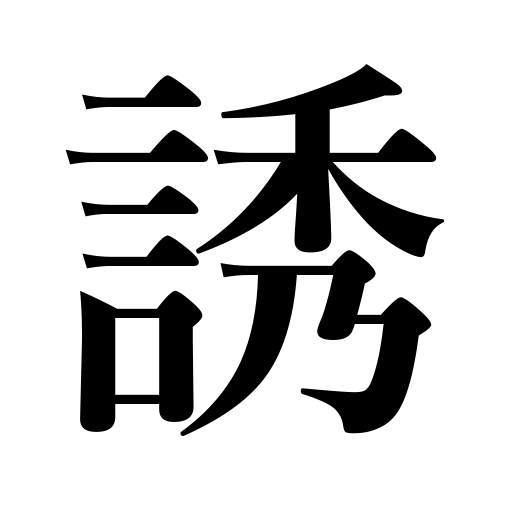
Meanings: cause,bring tears,seduce ,provoke,tempt,call for,ask,allure,invite